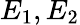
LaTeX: E_{1},E_{2}